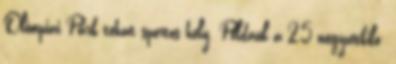
Olimpiai Park tehát sportos hely. Például a 2,5 négyzetkilo-